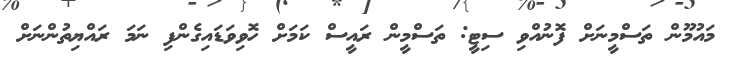
މައުމޫން ތަސްމީނަށް ފޮނުއްވި ސިޓީ: ތަސްމީން ރައީސް ކަމަށް ހޮވިވަޑައިގެންފި ނަމަ ރައްޔިތުންނަށް